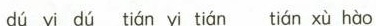
dú yi dú tián yi tián tián xù hào